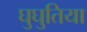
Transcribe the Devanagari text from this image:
घुघुतिया